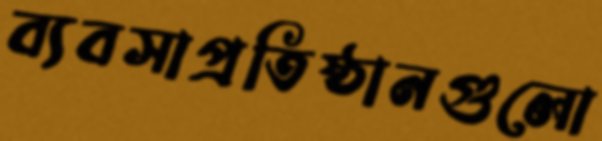
ব্যবসাপ্রতিষ্ঠানগুলো